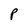
Character: P